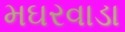
મઘરવાડા